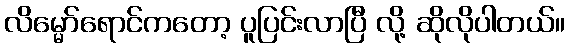
လိမ္မော်ရောင်ကတော့ ပူပြင်းလာပြီ လို့ ဆိုလိုပါတယ်။